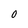
Character: O